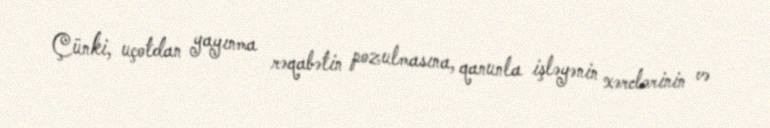
Çünki, uçotdan yayınma rəqabətin pozulmasına, qanunla işləyənin xərclərinin və